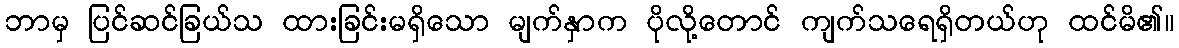
ဘာမှ ပြင်ဆင်ခြယ်သ ထားခြင်းမရှိသော မျက်နှာက ပိုလို့တောင် ကျက်သရေရှိတယ်ဟု ထင်မိ၏။